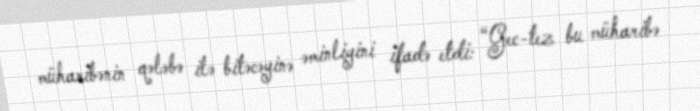
müharibənin qələbə ilə bitəcəyinə əminliyini ifadə etdi: “Gec-tez bu müharibə